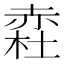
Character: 𧹥